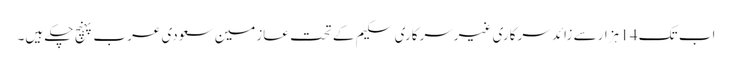
اب تک 14 ہزارسے زائد سرکاری غیرسرکاری سکیم کے تحت عازمین سعودی عرب پہنچ چکے ہیں۔